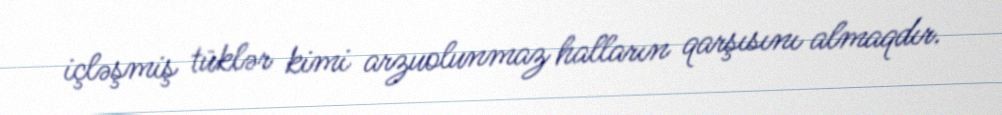
içləşmiş tüklər kimi arzuolunmaz halların qarşısını almaqdır.